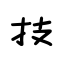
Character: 技